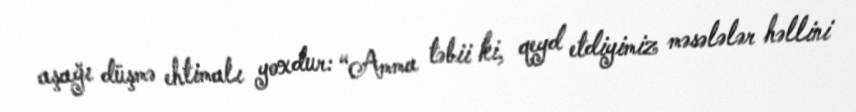
aşağı düşmə ehtimalı yoxdur: “Amma təbii ki, qeyd etdiyimiz məsələlər həllini